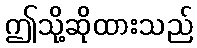
ဤသို့ဆိုထားသည်